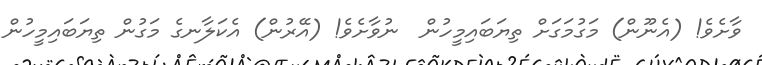
ވާށެވެ! (އެނޫން) މަގުމަގަށް ތިޔަބައިމީހުން  ނުވާށެވެ! (އޭރުން) އެކަލާނގެ މަގުން ތިޔަބައިމީހުން